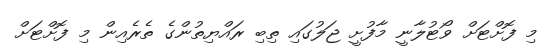
މި ފޮށްޓަށް ވޯޓުލާނީ މާފުށީ ޖަލުގައި ތިބި ރައްޔިތުންގެ ތެރެއިން މި ފޮށްޓަށް